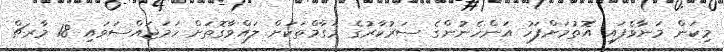
މިކަން މަނާވެފައި އޮތުމަށްފަހު އަންހެނުންގެ ސަރުކާރުގެ މަގާމްތަކަށް ލައްވާގޮތަށް ހަމަޖައްސަވައި 18 މާރޗް